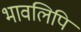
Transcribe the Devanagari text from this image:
भावलिपि